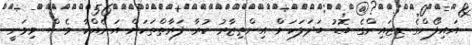
އައިފޯންގެ ޑިޒައިންގެ ބޮޑު ބަދަލަކަށް އިންތިޒާރު ކުރާ ފަރާތްތަކަށް އަނެއްކާ ވެސް މިވަނީ